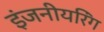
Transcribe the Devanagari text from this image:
इंजनीयरिंग